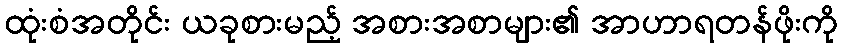
ထုံးစံအတိုင်း ယခုစားမည့် အစားအစာများ၏ အာဟာရတန်ဖိုးကို